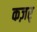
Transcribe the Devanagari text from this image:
कज़र्